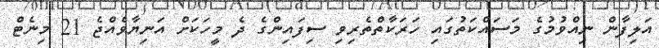
އަލިފާން ނިއްވުމުގެ މަސައްކަތުގައި ހަރަކާތްތެރިވި ސިފައިންގެ ދެ މީހަކަށް އަނިޔާވެއްޖެ 21 މިނެޓް